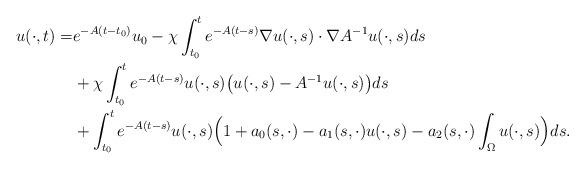
LaTeX: \begin{align*}{u}(\cdot,t)=&e^{-A (t-t_0)}u_0 -\chi\int_{t_0}^t e^{-A(t-s)} \nabla u(\cdot,s) \cdot \nabla A^{-1}u(\cdot,s)ds\\ &+\chi\int_{t_0}^t e^{-A(t-s)}u(\cdot,s)\big(u(\cdot,s)-A^{-1}u(\cdot,s)\big)ds\\&+\int_{t_0}^t e^{-A(t-s)}u(\cdot,s)\Big(1+ a_0(s,\cdot)-a_1(s,\cdot)u(\cdot,s)-a_2(s,\cdot)\int_{\Omega}u(\cdot,s)\Big)ds.\end{align*}